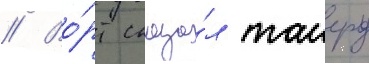
// Во́рт сказа́л таиеру